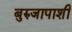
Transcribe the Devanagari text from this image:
बुरुजापाशी